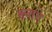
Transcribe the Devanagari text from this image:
ब्लाए